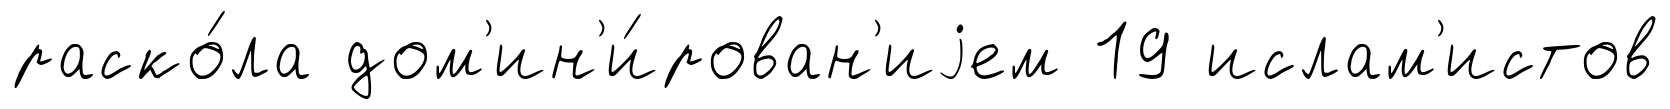
раско́ла дом'ин'и́рован'иjем 19 ислам'истов